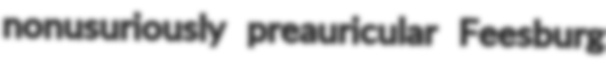
nonusuriously preauricular Feesburg